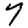
Digit: 7